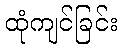
ထုံကျင်ခြင်း